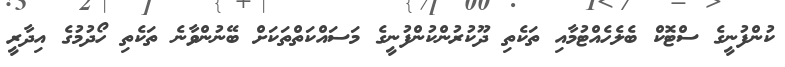
ކުންފުނީގެ ސްޓޮކް ބެލެހެއްޓުމާއި ތަކެތި ދޫކުރުންކުންފުނީގެ މަސައްކަތްތަކަށް ބޭނުންވާނެ ތަކެތި ހޯދުމުގެ އިދާރީ